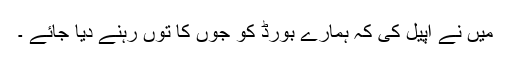
میں نے اپیل کی کہ ہمارے بورڈ کو جوں کا توں رہنے دیا جائے ۔